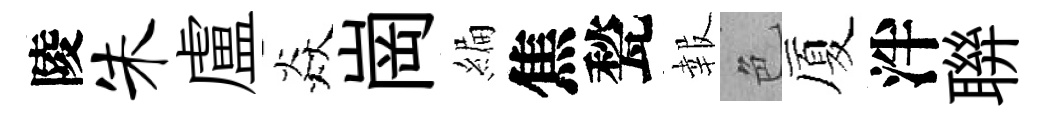
陵朱盧焱崗編焦甃報色厦泮聨